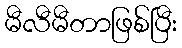
မီလီမီတာဖြစ်ပြီး